Lunatic asylums Burma 1907-21 - 1907-1921
Year: 1907
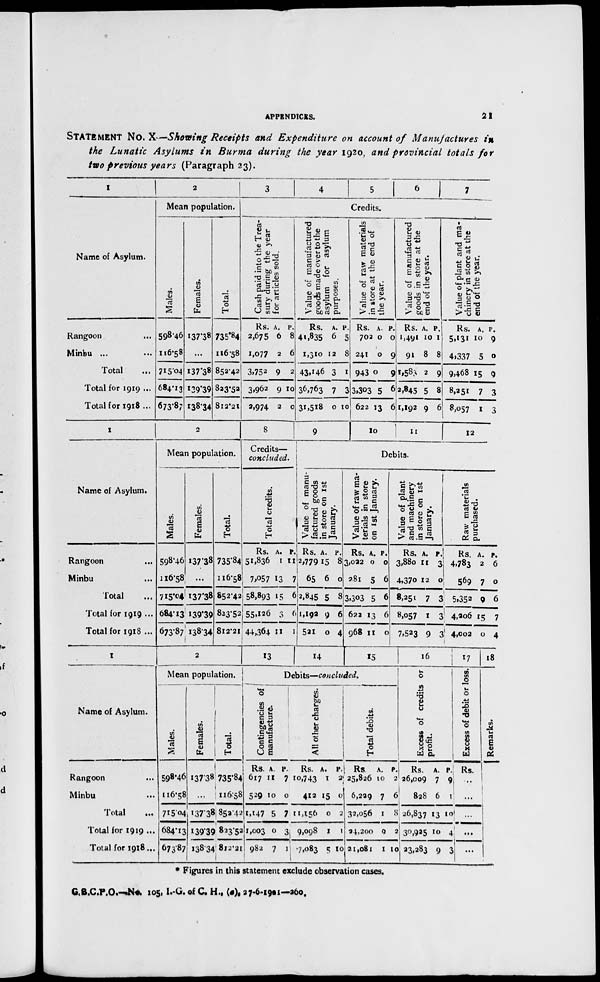
APPENDICES.
21
STATEMENT NO. X—Showing Receipts and Expenditure on account of Manufactures in
the Lunatic Asylums in Burma during the year 1920, and provincial totals for
two previous years (Paragraph 23).
1
Name of Asylum.
Rangoon
Minbu ...
Total
Total for 1919 ...
Total for 1918 ...
2
Mean population.
Males.
59846
116.58
715.04
684.13
673.87
Females.
137.38
...
137.38
139.39
138.34
Total.
735.84
116.58
85242
823.52
812.2l
3
4
5
6
7
Credits.
Cash paid into the Trea-
sury during the year
for articles sold.
Rs.
2,675
1,077
3,752
3,962
2,974
A.
6
2
9
9
2
p.
8
6
2
10
0
Value of manufactured
goods made over to the
asylum for asylum
purposes.
Rs.
41,835
1,310
43.146
36,763
31,518
A.
6
12
3
7
0
p.
5
8
1
3
10
Value of raw materials
in store at the end of
the year.
Rs.
702
241
943
3,303
622
A.
0
0
0
5
13
p.
0
9
9
6
6
Value of manufactured
goods in store at the
end of the year.
Rs.
1,491
91
1,583
2,845
1,192
A.
10
8
2
5
9
p.
1
8
9
8
6
Value of plant and ma-
chinery in store at the
end of the year.
Rs.
5,131
4,337
9,468
8,251
8,057
A.
10
5
15
7
1
p.
9
0
9
3
3
1
Name of Asylum.
Rangoon ...
Minbu ...
Total ...
Total for 1919 ...
Total for 1918 ...
2
Mean population.
Males.
598.46
116.58
715.04
684.13
673.87
Females.
137.38
...
137.38
139.39
138.34
Total.
735.84
116.58
852.42
823.52
812.21
8
Credits—
concluded.
Total credits.
Rs.
51,836
7,057
58,893
55,126
44,364
A.
1
13
15
3
11
P.
11
7
6
6
1
9
10
11
12
Debits.
Value of manu-
factured goods
in store on 1st
January.
Rs.
2,779
65
2,845
1,192
521
A.
15
6
5
9
0
P.
8
0
8
6
4
Value of raw ma-
terials in store
on 1st January.
Rs.
3,022
281
3,303
622
968
A.
0
5
5
13
11
P.
0
6
6
6
0
Value of plant
and machinery
in store on 1st
January.
Rs.
3,880
4,370
8,251
8,057
7,523
A.
11
12
7
1
9
P.
3
0
3
3
3
Raw materials
purchased.
Rs.
4,783
569
5,352
4,206
4,002
A.
2
7
9
15
0
P.
6
0
6
7
4
1
Name of Asylum.
Rangoon ...
Minbu ...
Total ...
Total for 1919 ...
Total for 1918 ...
2
Mean population.
Males.
598.46
116.58
715.04
684.13
673.'87
Females.
137.38
...
137.38
139.39
138.34
Total.
735.84
116.58
852.42
823.52
812.21
13
14
15
Debits—concluded.
Contingencies of
manufacture.
Rs.
617
529
1,147
1,003
982
A.
11
10
5
0
7
P.
7
0
7
3
1
All other charges.
Rs.
10,743
412
11,156
9,098
7,083
A.
1
15
0
1
5
P.
2
0
2
1
10
Total debits.
Rs.
25,826
6,229
32,056
24,200
21,081
A.
10
7
1
0
1
P.
2
6
8
2
10
16
Excess of credits or
profit.
Rs.
26,009
828
26,837
30,925
23,283
A.
7
6
13
10
9
P.
9
1
10
4
3
17
Excess of debit or loss.
Rs.
...
...
...
...
...
18
Remarks.
* Figures in this statement exclude observation cases.
G.B.C.P.O.—No.105,1.-G. of C. H., (c), 27-6-1921—260.